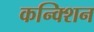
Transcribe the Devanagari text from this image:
कन्क्शिन